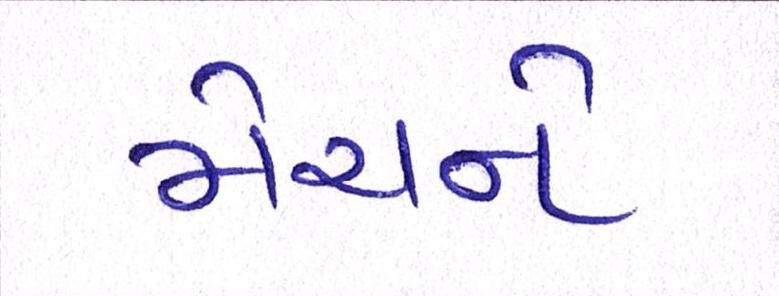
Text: મેચને